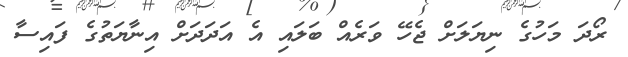
ރޯދަ މަހުގެ ނިޔަލަށް ޖެހޭ ވަރެއް ބަލައި އެ އަދަދަށް އިނާޔަތުގެ ފައިސާ